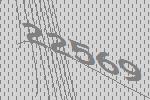
22569